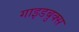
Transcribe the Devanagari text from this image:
गाइडबुक्स